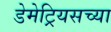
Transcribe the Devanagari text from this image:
डेमेट्रियसच्या